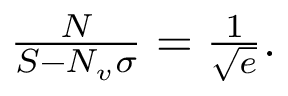
\begin{array} { r } { \frac N { S - N _ { v } \sigma } = \frac 1 { \sqrt e } . } \end{array}